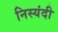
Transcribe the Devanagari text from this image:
निस्यंदी